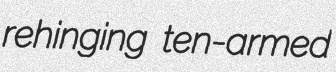
rehinging ten-armed